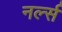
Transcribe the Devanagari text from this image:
नर्ल्स